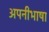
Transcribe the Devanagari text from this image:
अपनीभाषा